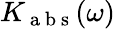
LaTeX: K_{\mathrm{~a~b~s~}}(\omega)